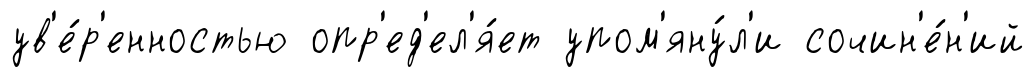
ув'е́р'енностью опр'ед'ел'я́ет упом'яну́л'и сочин'е́н'ий